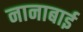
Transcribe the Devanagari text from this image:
नानाबाई